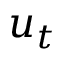
u _ { t }